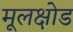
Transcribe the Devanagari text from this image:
मूलक्षोड